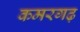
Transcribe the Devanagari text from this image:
कमरगढ़